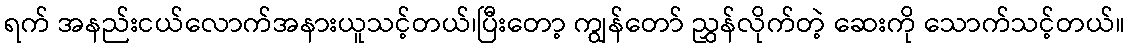
ရက် အနည်းငယ်လောက်အနားယူသင့်တယ်၊ပြီးတော့ ကျွန်တော် ညွှန်လိုက်တဲ့ ဆေးကို သောက်သင့်တယ်။